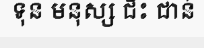
ទុន មនុស្ស ជិះ ជាន់